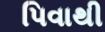
પિવાથી